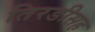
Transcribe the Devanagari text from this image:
तिरडीसह